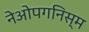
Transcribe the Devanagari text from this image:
नेओपगनिस्म